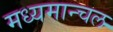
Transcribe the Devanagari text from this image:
मध्यमान्चल